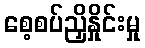
စေ့စပ်ညှိနှိုင်းမှု